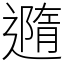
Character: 䢫